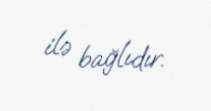
ilə bağlıdır.